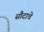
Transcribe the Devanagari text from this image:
सौदाचे